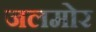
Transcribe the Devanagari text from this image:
जलमोर